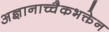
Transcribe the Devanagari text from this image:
अज्ञानाच्चैकभक्तेन